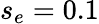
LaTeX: s_{e}=0.1